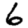
Digit: 6